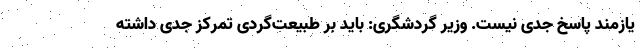
یازمند پاسخ جدی نیست. وزیر گردشگری: باید بر طبیعت‌گردی تمرکز جدی داشته